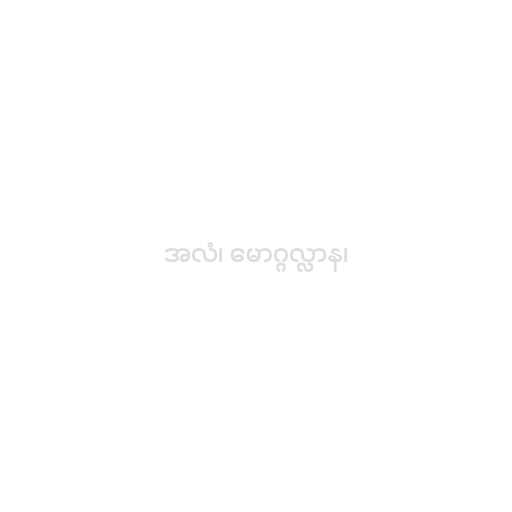
အလံ၊ မောဂ္ဂလ္လာန၊